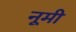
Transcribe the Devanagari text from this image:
नूमी